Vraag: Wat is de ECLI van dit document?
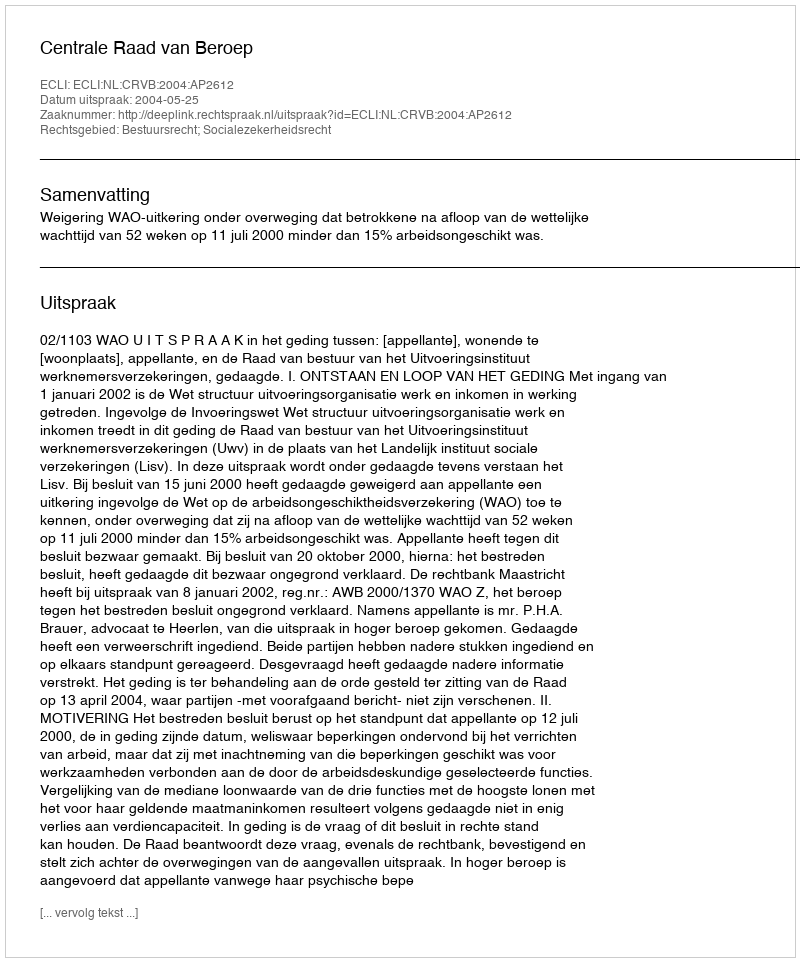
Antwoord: ECLI:NL:CRVB:2004:AP2612